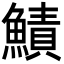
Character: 鰿